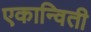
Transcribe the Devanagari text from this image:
एकान्विती